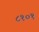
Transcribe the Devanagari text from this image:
८१०१